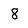
Character: 8